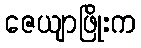
ဇေယျာဖြိုးက